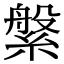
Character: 縏